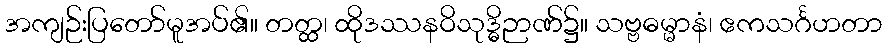
အကျဉ်းပြတော်မူအပ်၏။ တတ္ထ၊ ထိုဒဿနဝိသုဒ္ဓိဉာဏ်၌။ သဗ္ဗဓမ္မာနံ၊ ဧကသင်္ဂဟတာ